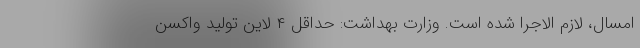
امسال، لازم الاجرا شده است. وزارت بهداشت: حداقل ۴ لاین تولید واکسن